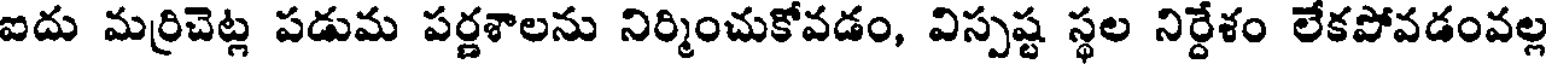
ఐదు మర్రిచెట్ల పడుమ పర్ణశాలను నిర్మించుకోవడం, విస్పష్ట స్థల నిర్దేశం లేకపోవడంవల్ల